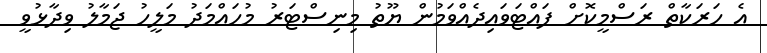
އެ ހަރަކާތް ރަސްމީކޮށް ފައްޓަވައިދެއްވަމުން ޔޫތު މިނިސްޓަރު މުހައްމަދު މަލީހު ޖަމާލު ވިދާޅުވީ